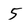
Character: 5